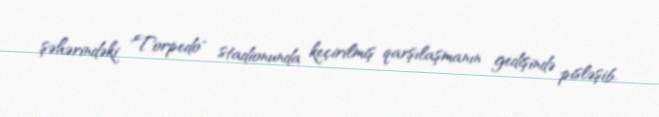
şəhərindəki "Torpedo" stadionunda keçirilmiş qarşılaşmanın gedişində pisləşib.